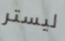
ليستر